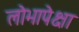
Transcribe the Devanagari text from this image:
लोभापेक्षा